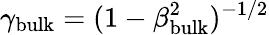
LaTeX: \gamma_{\mathrm{bulk}}=(1-\beta_{\mathrm{bulk}}^{2})^{-1/2}